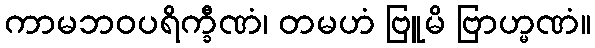
ကာမဘဝပရိက္ခီဏံ၊ တမဟံ ဗြူမိ ဗြာဟ္မဏံ။